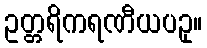
ဥတ္တရိကရဏီယပဥှ။